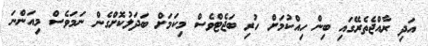
އަދި ރާއްޖެތެރޭގައި ބިން ހިއްކުމަށް ހުރި ބަޖެޓްވެސް މިކަމަށް ބަދަލުކޮށްގެން ނަމަވެސް މިއަންނަ